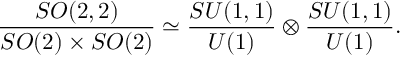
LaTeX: { \frac { S O ( 2 , 2 ) } { S O ( 2 ) \times S O ( 2 ) } } \simeq { \frac { S U ( 1 , 1 ) } { U ( 1 ) } } \otimes { \frac { S U ( 1 , 1 ) } { U ( 1 ) } } .